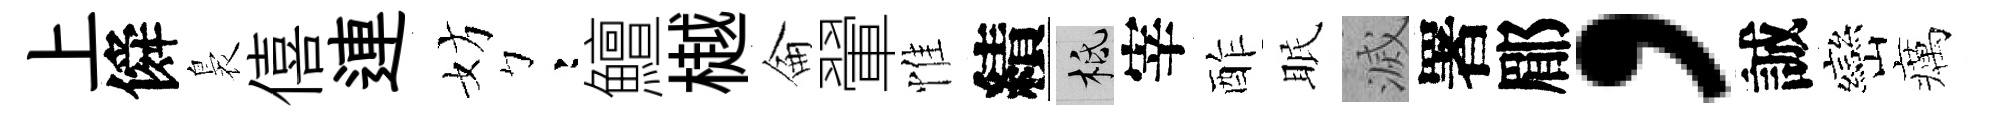
上僢裊僖連妨彎鱣樾侖翬惟績柢宰酢眠滅署郿，誠巒癘